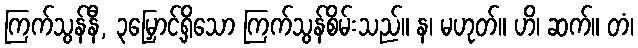
ကြက်သွန်နီ, ၃မြှောင့်ရှိသော ကြက်သွန်စိမ်းသည်။ န၊ မဟုတ်။ ဟိ၊ ဆက်။ တံ၊